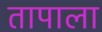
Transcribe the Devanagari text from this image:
तापाला